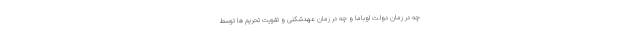
چه در زمان دولت اوباما و چه در زمان عهدشکنی و تقویت تحریم ها توسط